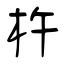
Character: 杵